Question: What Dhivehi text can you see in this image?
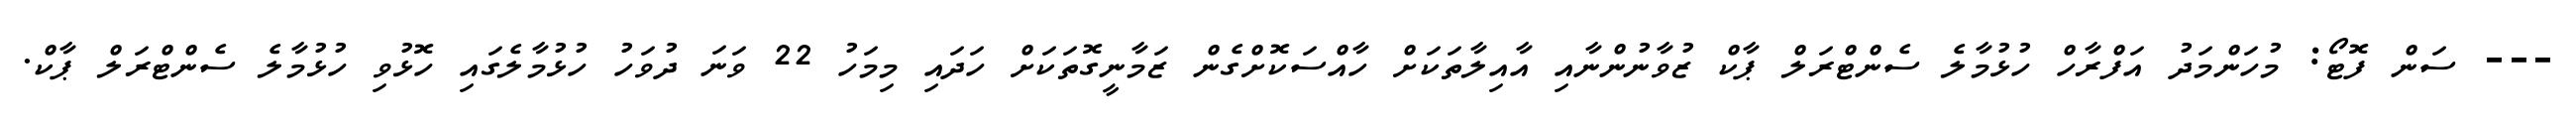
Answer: --- ސަން ފޮޓޯ: މުހަންމަދު އަފްރާހް ހުޅުމާލެ ސެންޓްރަލް ޕާކް ޒުވާނުންނާއި އާއިލާތަކަށް ހާއްސަކޮށްގެން ޒަމާނީގޮތަކަށް ހަދައި މިމަހު 22 ވަނަ ދުވަހު ހުޅުމާލެގައި ހޮޅުވި ހުޅުމާލެ ސެންޓްރަލް ޕާކް.